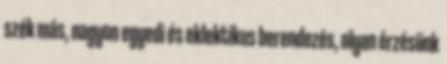
szék más, nagyon egyedi és eklektikus berendezés, olyan érzésünk